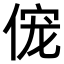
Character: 𫢹